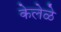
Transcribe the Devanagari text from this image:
केलेळे